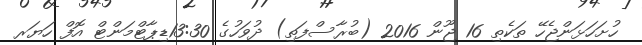
ހުށަހަޅަންޖެހޭ ތަކެތި 16 ޖޫން 2016 (ބުރާސްފަތި) ދުވަހުގެ 13:30ޑިޕާޓްމަންޓް އޮފް ހަޔަރ